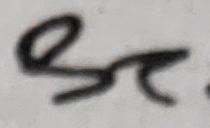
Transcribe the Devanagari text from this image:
सर